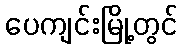
ပေကျင်းမြို့တွင်